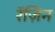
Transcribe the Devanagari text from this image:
रॅज़िन